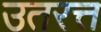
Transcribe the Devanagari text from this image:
उतरत्त